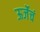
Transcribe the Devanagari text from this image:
ऊर्जेचं